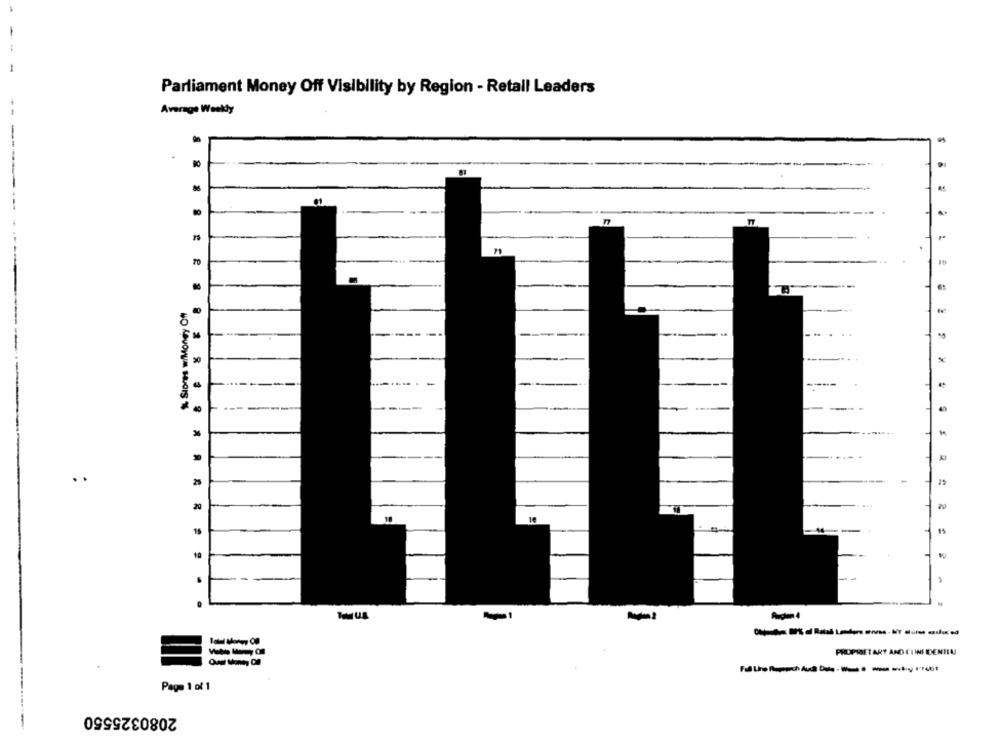
Parliament Money Off Visibility by Region - Retall Leaders
Average Weekdy
8
86
---
50
-
---
. .
25
20
10
15
PROPRIET ARY AND CLINI IDENTI
Page 1 of 1
2080325550